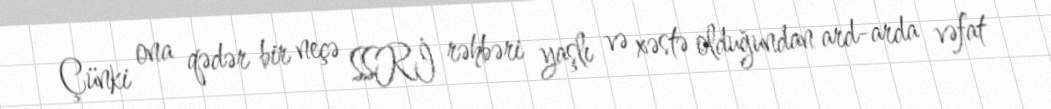
Çünki ona qədər bir neçə SSRİ rəhbəri yaşlı və xəstə olduğundan ard-arda vəfat